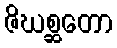
ဇိဃစ္ဆတော